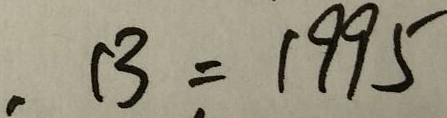
, B = 1 9 9 5